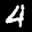
Label: 4